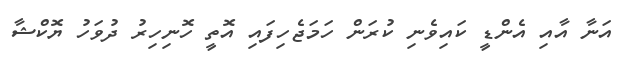
އަނާ އާއި އެންޑީ ކައިވެނި ކުރަން ހަމަޖެހިފައި އޮތީ ހޮނިހިރު ދުވަހު ޔޮކްޝާ